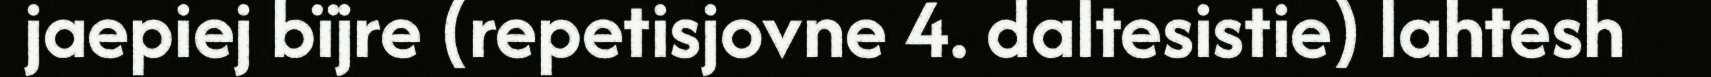
jaepiej bïjre (repetisjovne 4. daltesistie) lahtesh